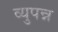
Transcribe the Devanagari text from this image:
व्युपन्न